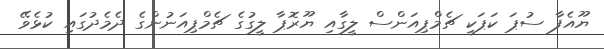
ޔޫއެފާ ސުޕަ ކަޕަކީ ޗެމްޕިއަންސް ލީގާއި ޔޫރޮޕާ ލީގުގެ ޗެމްޕިއަނުންގެ ދެމެދުގައި ކުޅެވޭ